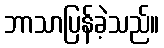
ဘာသာပြန်ခဲ့သည်။